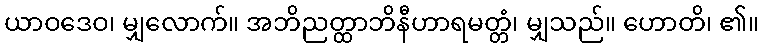
ယာဝဒေဝ၊ မျှလောက်။ အဘိညတ္ထာဘိနီဟာရမတ္တံ၊ မျှသည်။ ဟောတိ၊ ၏။